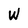
Character: W